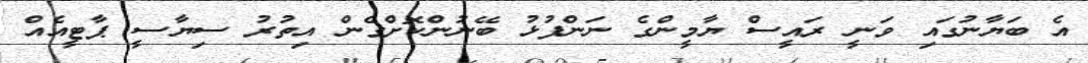
އެ ބަޔާނުގައި ވަނީ ރައީސް ޔާމީންގެ ނަންފުޅު ބޭނުންކޮށްގެން އިތުރު ސިޔާސީ ޕާޓީއެއް